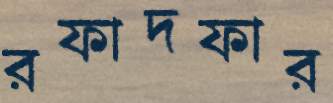
রফাদফার